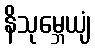
နိသုမ္ဘေယျံ